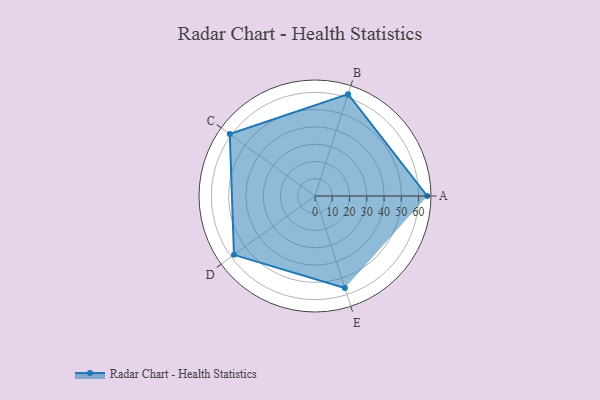
{"axis": {"x": "Skill", "y": "Score"}, "legend": ["Profile"], "data": [{"x": "A", "y": 65.0, "type": "Profile"}, {"x": "B", "y": 62.0, "type": "Profile"}, {"x": "C", "y": 61.0, "type": "Profile"}, {"x": "D", "y": 58.0, "type": "Profile"}, {"x": "E", "y": 56.0, "type": "Profile"}]}